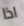
اذا